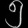
Digit: ၅